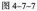
图4-7-7